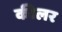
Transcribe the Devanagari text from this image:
कीलर